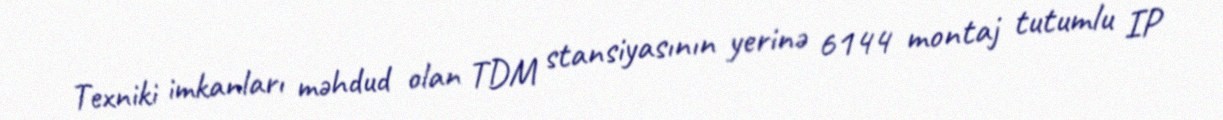
Texniki imkanları məhdud olan TDM stansiyasının yerinə 6144 montaj tutumlu IP